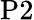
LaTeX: \mathrm{P}2